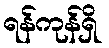
ရန်ကုန်ရှိ